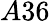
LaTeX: A36